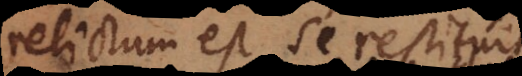
relictum est se restituit,